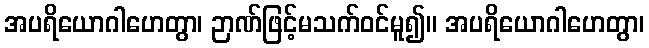
အပရိယောဂါဟေတွာ၊ ဉာဏ်ဖြင့်မသက်ဝင်မူ၍။ အပရိယောဂါဟေတွာ၊